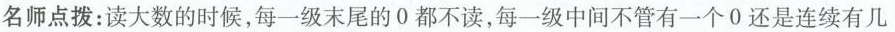
名师点拨：读大数的时候，每一级末尾的0都不读，每一级中间不管有一个0还是连续有几